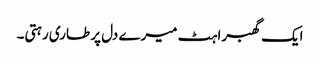
ایک گھبراہٹ میرے دل پر طاری رہتی۔